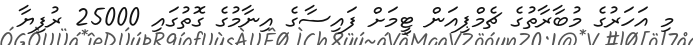
މި އަހަރުގެ މުބާރާތުގެ ޗެމްޕިއަން ޓީމަށް ފައިސާގެ އިނާމުގެ ގޮތުގައި 25000 ރުފިޔާ